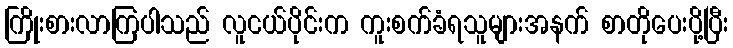
ကြိုးစားလာကြပါသည် လူငယ်ပိုင်းက ကူးစက်ခံရသူများအနက် စာတိုပေးပို့ပြီး